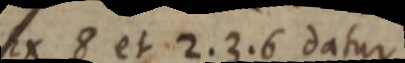
Ex 8 et 2. 3. 6 datur